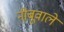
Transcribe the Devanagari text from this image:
नीबूवाले